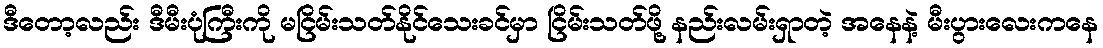
ဒီတော့လည်း ဒီမီးပုံကြီးကို မငြိမ်းသတ်နိုင်သေးခင်မှာ ငြိမ်းသတ်ဖို့ နည်းလမ်းရှာတဲ့ အနေနဲ့ မီးပွားလေးကနေ